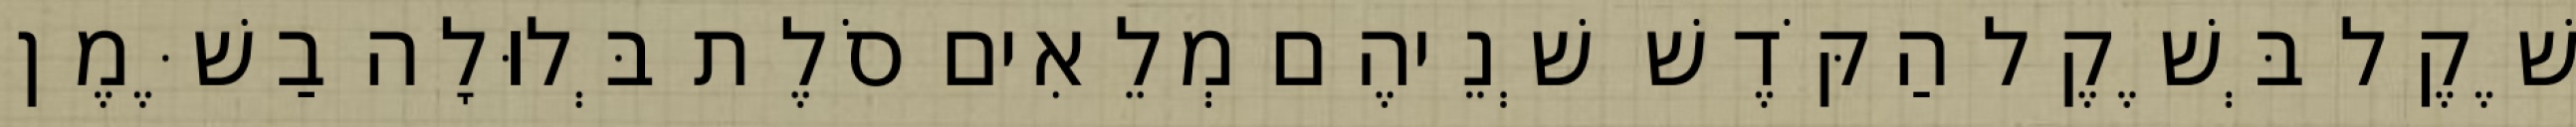
שֶׁקֶל בְּשֶׁקֶל הַקֹּדֶשׁ שְׁנֵיהֶם מְלֵאִים סֹלֶת בְּלוּלָה בַשֶּׁמֶן